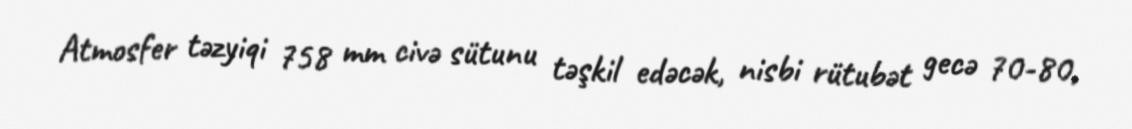
Atmosfer təzyiqi 758 mm civə sütunu təşkil edəcək, nisbi rütubət gecə 70-80,